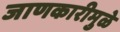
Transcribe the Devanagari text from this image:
जाणकारीमुळे